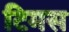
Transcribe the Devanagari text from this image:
टिमस